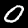
Label: 0